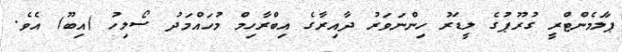
ޕާލަމެންޓްރީ ގުރޫޕުގެ ލީޑަރު ހިންނަވަރު ދާއިރާގެ އިބްރާހިމް މުހައްމަދު ސޯލިހު (އިބޫ) އެވެ.